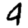
Digit: 4